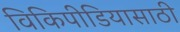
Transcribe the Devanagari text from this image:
विकिपीडियासाठी